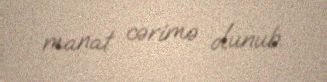
manat cərimə olunub.